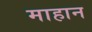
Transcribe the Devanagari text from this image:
माहान